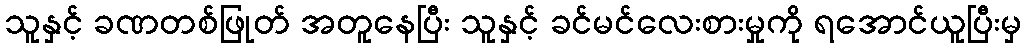
သူနှင့် ခဏတစ်ဖြုတ် အတူနေပြီး သူနှင့် ခင်မင်လေးစားမှုကို ရအောင်ယူပြီးမှ